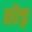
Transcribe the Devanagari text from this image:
ठोड़